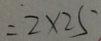
= 2 \times 2 5